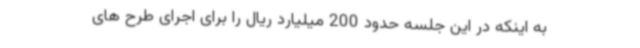
به اینکه در این جلسه حدود 200 میلیارد ریال را برای اجرای طرح های